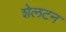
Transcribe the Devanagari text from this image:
शेलटन